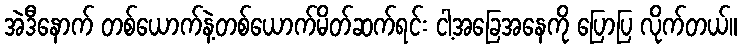
အဲဒီနောက် တစ်ယောက်နဲ့တစ်ယောက်မိတ်ဆက်ရင်း ငါ့အခြေအနေကို ပြောပြ လိုက်တယ်။